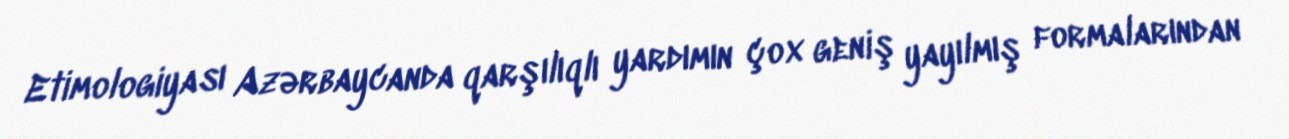
Etimologiyası Azərbaycanda qarşılıqlı yardımın çox geniş yayılmış formalarından